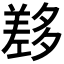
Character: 𡗂